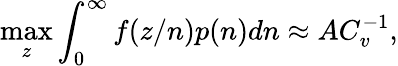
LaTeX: \operatorname*{max}_{z}\int_{0}^{\infty}f(z/n)p(n)dn\approx AC_{v}^{-1},